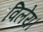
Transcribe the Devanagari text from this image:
विलेय।